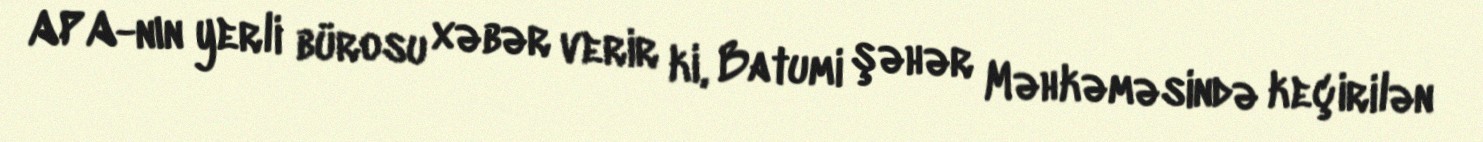
APA-nın yerli bürosu xəbər verir ki, Batumi şəhər Məhkəməsində keçirilən